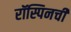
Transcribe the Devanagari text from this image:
रॉस्पिनची